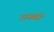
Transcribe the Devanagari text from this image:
राजतंत्रे